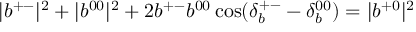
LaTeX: | b ^ { + - } | ^ { 2 } + | b ^ { 0 0 } | ^ { 2 } + 2 b ^ { + - } b ^ { 0 0 } \cos ( \delta _ { b } ^ { + - } - \delta _ { b } ^ { 0 0 } ) = | b ^ { + 0 } | ^ { 2 }